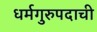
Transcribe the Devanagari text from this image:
धर्मगुरुपदाची